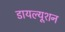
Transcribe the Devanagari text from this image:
डायल्यूशन